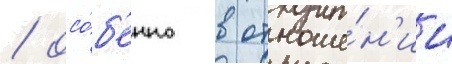
/ осо́б'енно в отноше́н'ии